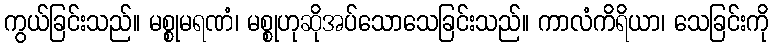
ကွယ်ခြင်းသည်။ မစ္စုမရဏံ၊ မစ္စုဟုဆိုအပ်သောသေခြင်းသည်။ ကာလံကိရိယာ၊ သေခြင်းကို